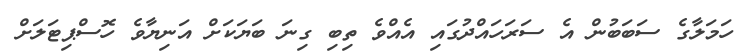
ހަމަލާގެ ސަބަބުން އެ ސަރަހައްދުގައި އެއްވެ ތިބި ގިނަ ބަޔަކަށް އަނިޔާވެ ހޮސްޕިޓަލަށް